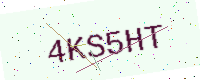
Text: 4KS5HT